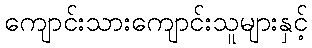
ကျောင်းသားကျောင်းသူများနှင့်